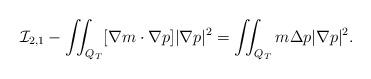
LaTeX: \begin{align*} \mathcal{I}_{2,1} - \iint_{Q_T} [\nabla m \cdot \nabla p] |\nabla p|^2 = \iint_{Q_T} m \Delta p |\nabla p|^2 . \end{align*}